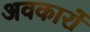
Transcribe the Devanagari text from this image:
अवकारों